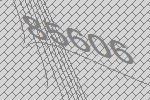
85606